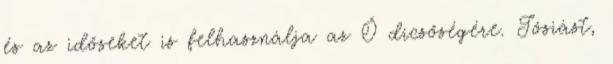
és az időseket is felhasználja az Ő dicsőségére. Jósiást,